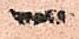
ヘ